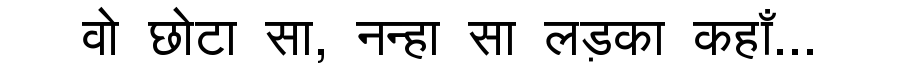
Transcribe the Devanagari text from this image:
वो छोटा सा, नन्हा सा लड़का कहाँ...